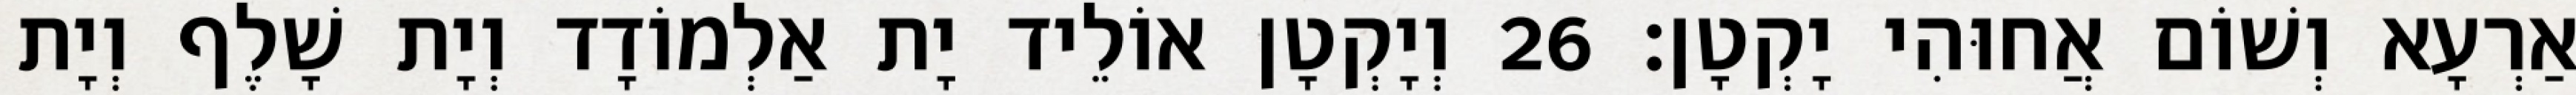
אַרְעָא וְשׁוֹם אֲחוּהִי יָקְטָן׃ 26 וְיָקְטָן אוֹלֵיד יָת אַלְמוֹדָד וְיָת שָׁלֶף וְיָת